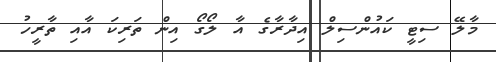
މާލޭ ސިޓީ ކައުންސިލް އިދާރާގެ އާ ލޯގޯ އިން ތަރިކަ އާއި ތާރީހު